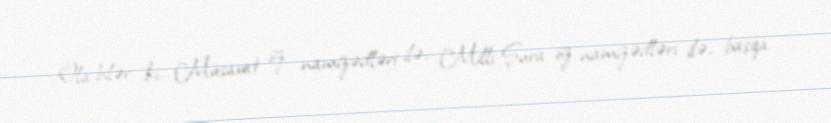
Ola bilər ki, Müsavat öz namizədləri ilə, Milli Şura öz namizədləri ilə, başqa